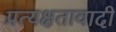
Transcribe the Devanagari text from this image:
प्रत्यक्षतावादी